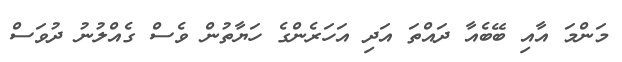
މަންމަ އާއި ބޭބެއާ ދައްތަ އަދި އަހަރެންގެ ހަޔާތުން ވެސް ގެއްލުނު ދުވަސް